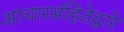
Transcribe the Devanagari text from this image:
आचारसंहितेद्वारे